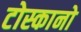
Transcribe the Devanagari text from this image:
टोस्कानो